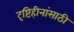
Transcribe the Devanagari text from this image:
दृष्टिहीनांसाठी